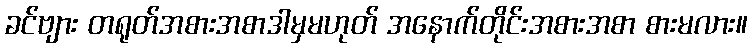
ခင်ဗျား တရုတ်အစားအစာဒါမှမဟုတ် အနောက်တိုင်းအစားအစာ စားမလား။